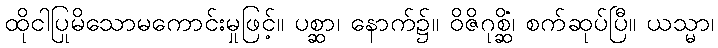
ထိုငါပြုမိသောမကောင်းမှုဖြင့်။ ပစ္ဆာ၊ နောက်၌။ ဝိဇိဂုစ္ဆိံ၊ စက်ဆုပ်ပြီ။ ယသ္မာ၊